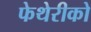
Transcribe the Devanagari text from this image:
फेथेरीको